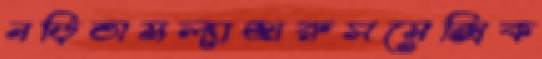
নড়িতামল্যাজারুসমেক্সিক